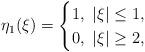
LaTeX: \begin{align*} \eta_1(\xi) =\begin{cases}1, \ |\xi|\le 1,\\0, \ |\xi|\ge 2,\end{cases}\end{align*}